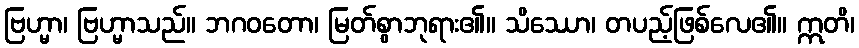
ဗြဟ္မာ၊ ဗြဟ္မာသည်။ ဘဂဝတော၊ မြတ်စွာဘုရား၏။ သိဿော၊ တပည့်ဖြစ်လေ၏။ ဣတိ၊